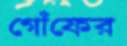
গোঁফের